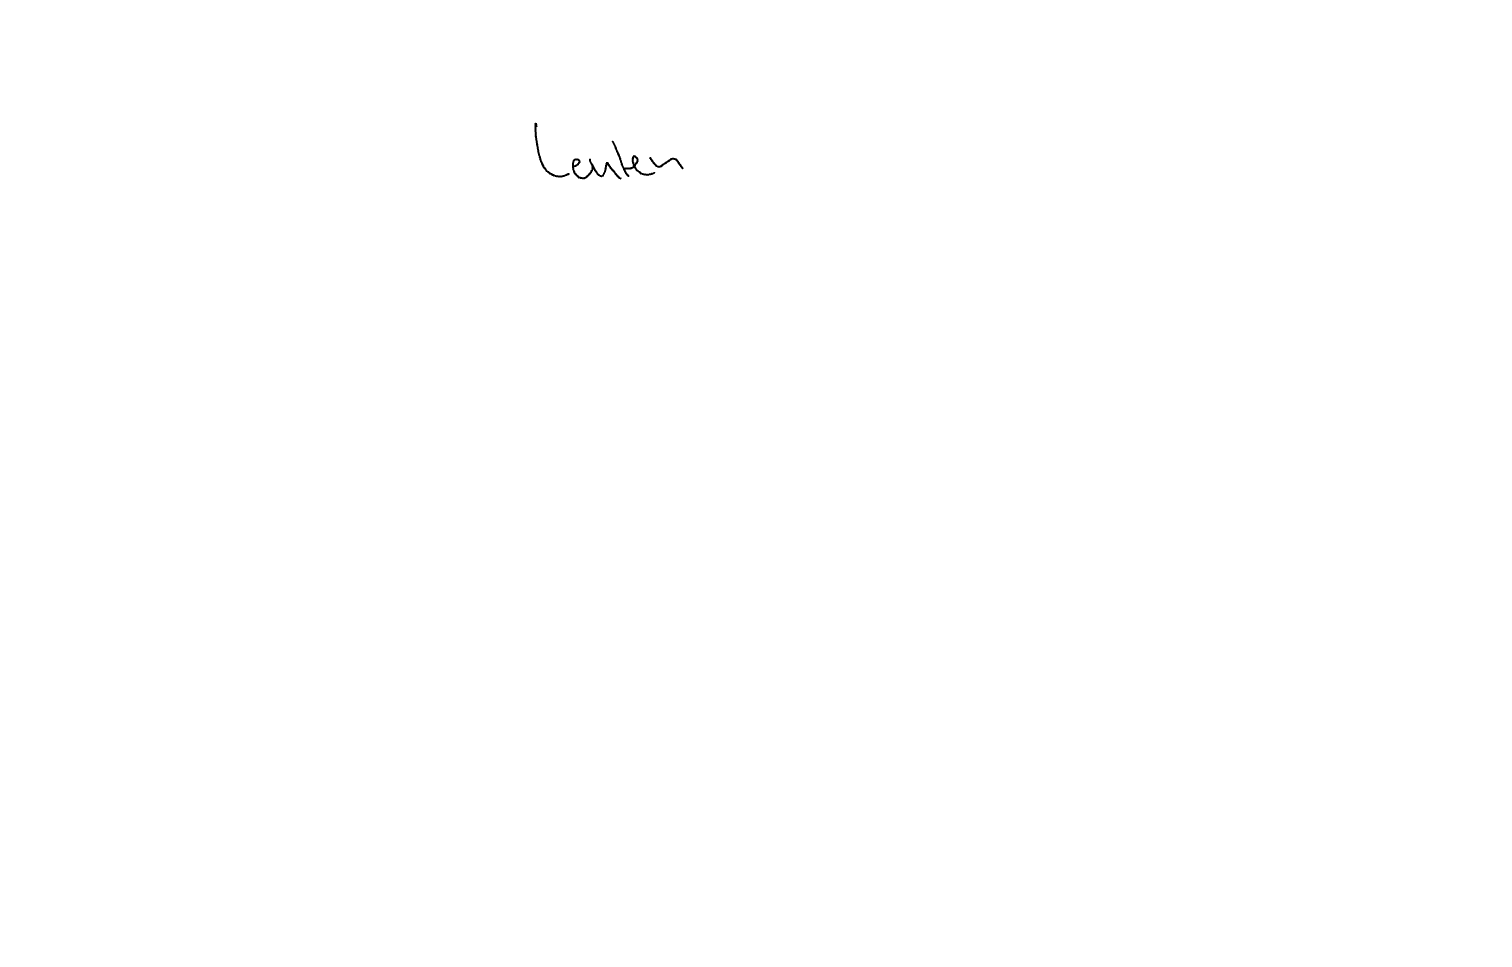
Text: Leuten